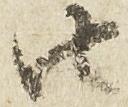
由